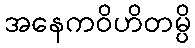
အနေကဝိဟိတမ္ပိ